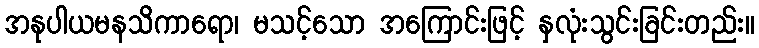
အနုပါယမနသိကာရော၊ မသင့်သော အကြောင်းဖြင့် နှလုံးသွင်းခြင်းတည်း။